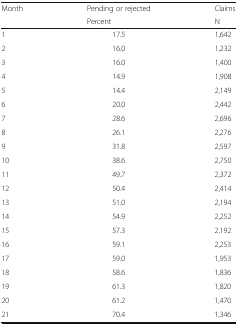
<table><thead><tr><td rowspan="2"><b>Month</b></td><td><b>Pending or rejected</b></td><td><b>Claims</b></td></tr><tr><td><b>Percent</b></td><td><b>N</b></td></tr></thead><tbody><tr><td>1</td><td>17.5</td><td>1,642</td></tr><tr><td>2</td><td>16.0</td><td>1,232</td></tr><tr><td>3</td><td>16.0</td><td>1,400</td></tr><tr><td>4</td><td>14.9</td><td>1,908</td></tr><tr><td>5</td><td>14.4</td><td>2,149</td></tr><tr><td>6</td><td>20.0</td><td>2,442</td></tr><tr><td>7</td><td>28.6</td><td>2,696</td></tr><tr><td>8</td><td>26.1</td><td>2,276</td></tr><tr><td>9</td><td>31.8</td><td>2,597</td></tr><tr><td>10</td><td>38.6</td><td>2,750</td></tr><tr><td>11</td><td>49.7</td><td>2,372</td></tr><tr><td>12</td><td>50.4</td><td>2,414</td></tr><tr><td>13</td><td>51.0</td><td>2,194</td></tr><tr><td>14</td><td>54.9</td><td>2,252</td></tr><tr><td>15</td><td>57.3</td><td>2,192</td></tr><tr><td>16</td><td>59.1</td><td>2,253</td></tr><tr><td>17</td><td>59.0</td><td>1,953</td></tr><tr><td>18</td><td>58.6</td><td>1,836</td></tr><tr><td>19</td><td>61.3</td><td>1,820</td></tr><tr><td>20</td><td>61.2</td><td>1,470</td></tr><tr><td>21</td><td>70.4</td><td>1,346</td></tr></tbody></table>